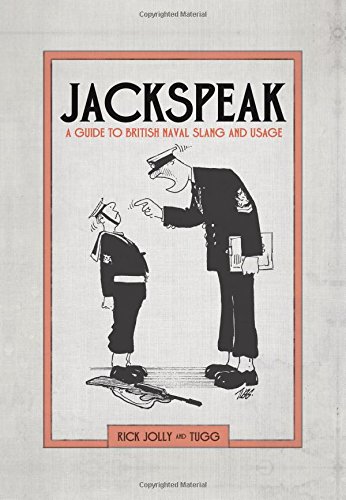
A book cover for Jackspeak: A Guide to British Naval Slang and Usage; Rick Jolly; Reference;